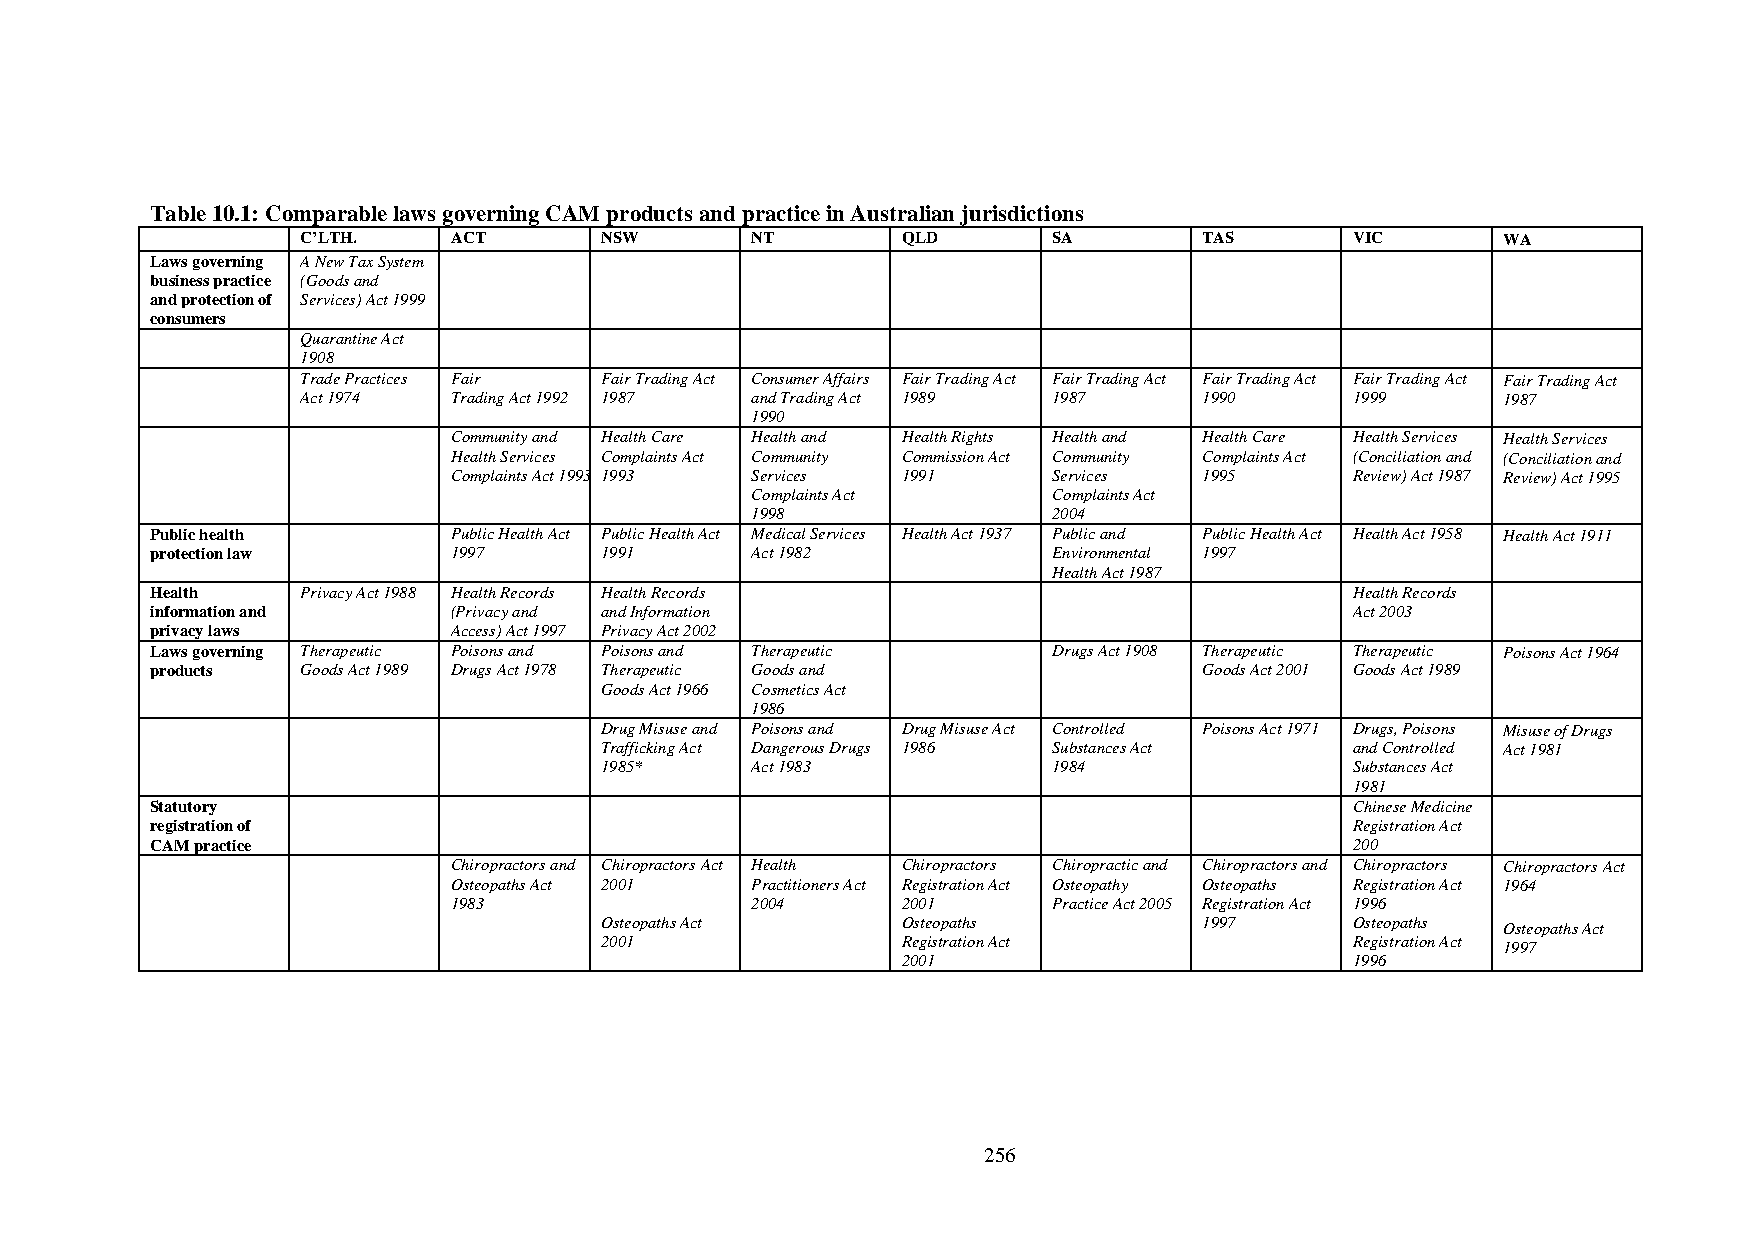
Table 10.1: Comparable laws governing CAM products and practice in Australian jurisdictions
 C’LTH.    ACT       NSW       NT        QLD       SA        TAS       VIC      WA
 Laws governing A New Tax System
 business practice (Goods and
 and protection of Services) Act 1999
 consumers
 Quarantine Act
 1908
 Trade Practices Fair Fair Trading Act Consumer Affairs Fair Trading Act Fair Trading Act Fair Trading Act Fair Trading Act Fair Trading Act
 Act 1974  Trading Act 1992 1987 and Trading Act 1989 1987   1990      1999     1987
 1990
 Community and Health Care Health and Health Rights Health and Health Care Health Services Health Services
 Health Services Complaints Act Community Commission Act Community Complaints Act (Conciliation and (Conciliation and
 Complaints Act 1993 1993 Services 1991  Services  1995      Review) Act 1987 Review) Act 1995
 Complaints Act      Complaints Act
 1998                2004
 Public health       Public Health Act Public Health Act Medical Services Health Act 1937 Public and Public Health Act Health Act 1958 Health Act 1911
 protection law      1997      1991      Act 1982            Environmental 1997
 Health Act 1987
 Health    Privacy Act 1988 Health Records Health Records                        Health Records
 information and     (Privacy and and Information                                Act 2003
 privacy laws        Access) Act 1997 Privacy Act 2002
 Laws governing Therapeutic Poisons and Poisons and Therapeutic Drugs Act 1908 Therapeutic Therapeutic Poisons Act 1964
 products  Goods Act 1989 Drugs Act 1978 Therapeutic Goods and         Goods Act 2001 Goods Act 1989
 Goods Act 1966 Cosmetics Act
 1986
 Drug Misuse and Poisons and Drug Misuse Act Controlled Poisons Act 1971 Drugs, Poisons Misuse of Drugs
 Trafficking Act Dangerous Drugs 1986 Substances Act and Controlled Act 1981
 1985*     Act 1983            1984                Substances Act
 1981
 Statutory                                                                       Chinese Medicine
 registration of                                                                 Registration Act
 CAM practice                                                                    200
 Chiropractors and Chiropractors Act Health Chiropractors Chiropractic and Chiropractors and Chiropractors Chiropractors Act
 Osteopaths Act 2001 Practitioners Act Registration Act Osteopathy Osteopaths Registration Act 1964
 1983                2004      2001      Practice Act 2005 Registration Act 1996
 Osteopaths Act      Osteopaths          1997      Osteopaths
 Osteopaths Act
 2001                Registration Act              Registration Act 1997
 2001                          1996
 256